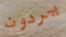
يردون